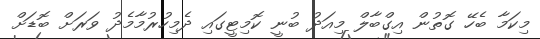
މިކަމާ ބެހޭ ގޮތުން އިގްބާލް މިއަދު ބުނީ ކޮމިޓީގައި ދެމިހުރުމާމެދު ވަރަށް ބޮޑަށް